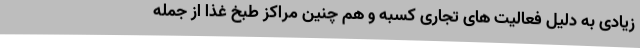
زیادی به دلیل فعالیت های تجاری کسبه و هم چنین مراکز طبخ غذا از جمله